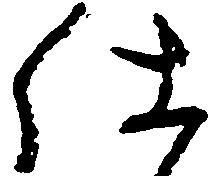
仕